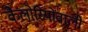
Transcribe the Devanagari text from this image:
कैलोरियोंवाली